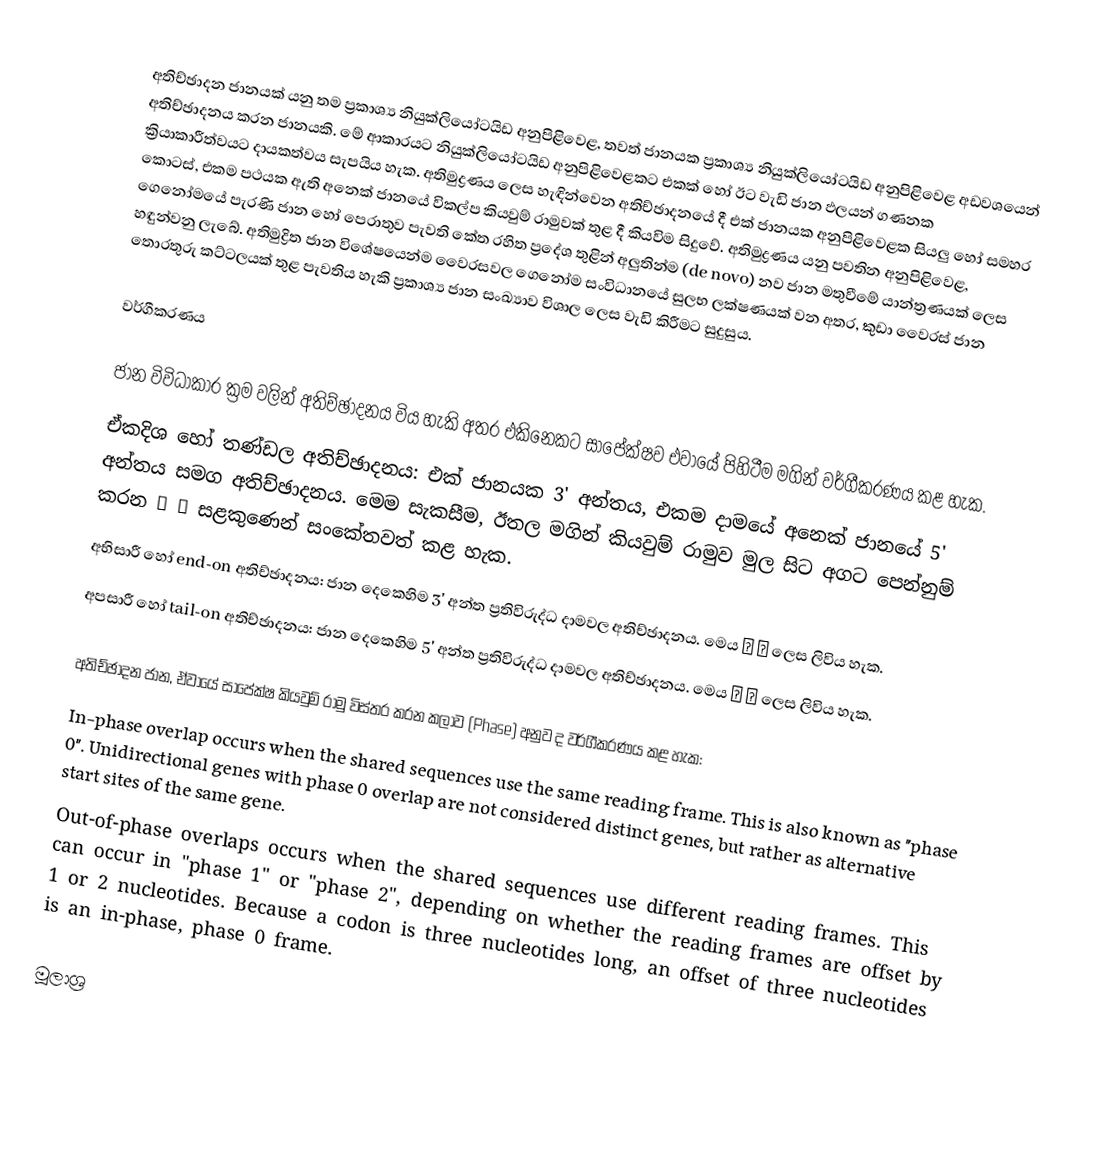
අතිච්ඡාදන ජානයක් යනු තම ප්‍රකාශ්‍ය නියුක්ලියෝටයිඩ අනුපිළිවෙළ, තවත් ජානයක ප්‍රකාශ්‍ය නියුක්ලියෝටයිඩ අනුපිළිවෙළ අඩවශයෙන් අතිච්ඡාදනය කරන ජානයකි. මේ ආකාරයට නියුක්ලියෝටයිඩ අනුපිළිවෙළකට එකක් හෝ ඊට වැඩි ජාන ඵලයන් ගණනක ක්‍රියාකාරීත්වයට දායකත්වය සැපයිය හැක. අතිමුද්‍රණය ලෙස හැඳින්වෙන අතිච්ඡාදනයේ දී එක් ජානයක අනුපිළිවෙළක සියලු හෝ සමහර කොටස්, එකම පථයක ඇති අනෙක් ජානයේ විකල්ප කියවුම් රාමුවක් තුළ දී කියවිම සිදුවේ. අතිමුද්‍රණය යනු පවතින අනුපිළිවෙළ, ගෙනෝමයේ පැරණි ජාන හෝ පෙරාතුව පැවති කේත රහිත ප්‍රදේශ තුළින් අලුතින්ම (de novo) නව ජාන මතුවීමේ යාන්ත්‍රණයක් ලෙස හඳුන්වනු ලැබේ. අතිමුද්‍රිත ජාන විශේෂයෙන්ම වෛරසවල ගෙනෝම සංවිධානයේ සුලභ ලක්ෂණයක් වන අතර, කුඩා වෛරස් ජාන තොරතුරු කට්ටලයක් තුළ පැවතිය හැකි ප්‍රකාශ්‍ය ජාන සංඛ්‍යාව විශාල ලෙස වැඩි කිරීමට සුදුසුය.

වර්ගීකරණය

ජාන විවිධාකාර ක්‍රම වලින් අතිච්ඡාදනය විය හැකි අතර එකිනෙකට සාපේක්ෂව එවායේ පිහිටීම මගින් වර්ගීකරණය කළ හැක.
 ඒකදිශ හෝ තණ්ඩල අතිච්ඡාදනය: එක් ජානයක 3' අන්තය, එකම දාමයේ අනෙක් ජානයේ 5' අන්තය සමග අතිච්ඡාදනය. මෙම සැකසීම, ඊතල මගින් කියවුම් රාමුව මුල සිට අගට පෙන්නුම් කරන → → සළකුණෙන් සංකේතවත් කළ හැක.
 අභිසාරී හෝ end-on අතිච්ඡාදනය: ජාන දෙකෙහිම 3' අන්ත ප්‍රතිවිරුද්ධ දාමවල අතිච්ඡාදනය. මෙය → ← ලෙස ලිවිය හැක.
 අපසාරී හෝ tail-on අතිච්ඡාදනය: ජාන දෙකෙහිම 5' අන්ත ප්‍රතිවිරුද්ධ දාමවල අතිච්ඡාදනය. මෙය ← → ලෙස ලිවිය හැක.

අතිච්ඡාදන ජාන, ඒවායේ සාපේක්ෂ කියවුම් රාමු විස්තර කරන කලාව (Phase) අනුව ද වර්ගීකරණය කළ හැක:
In-phase overlap occurs when the shared sequences use the same reading frame. This is also known as "phase 0". Unidirectional genes with phase 0 overlap are not considered distinct genes, but rather as alternative start sites of the same gene.
Out-of-phase overlaps occurs when the shared sequences use different reading frames. This can occur in "phase 1" or "phase 2", depending on whether the reading frames are offset by 1 or 2 nucleotides. Because a codon is three nucleotides long, an offset of three nucleotides is an in-phase, phase 0 frame.

මූලාශ්‍ර